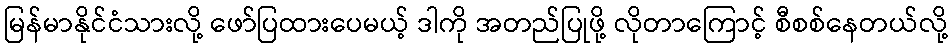
မြန်မာနိုင်ငံသားလို့ ဖော်ပြထားပေမယ့် ဒါကို အတည်ပြုဖို့ လိုတာကြောင့် စီစစ်နေတယ်လို့